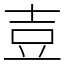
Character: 壴